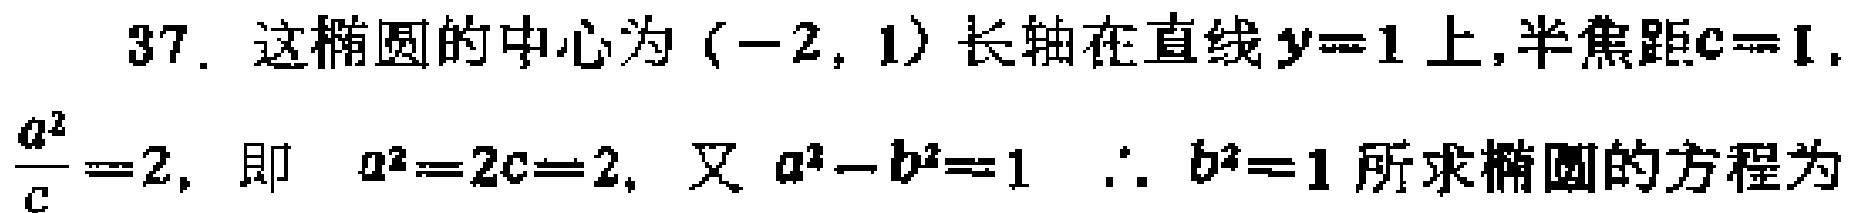
37. 这椭圆的中心为\((-2,1)\)长轴在直线\(y = 1\)上,半焦距\(c = 1\),\(\frac{a^{2}}{c}=2\), 即 \(a^{2}=2c = 2\), 又 \(a^{2}-b^{2}=1\) \(\therefore b^{2}=1\) 所求椭圆的方程为